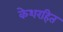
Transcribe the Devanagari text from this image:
केशरहित